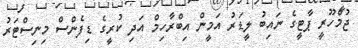
ޖުމްހޫރީ ޕާޓީގެ ނައިބު ލީޑަރު އަމީން އިބްރާހިމް އަދި ކުރީގެ ޑިފެންސް މިނިސްޓަރު